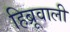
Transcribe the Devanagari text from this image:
हिब्रूवाली